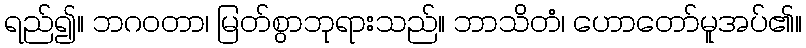
ရည်၍။ ဘဂဝတာ၊ မြတ်စွာဘုရားသည်။ ဘာသိတံ၊ ဟောတော်မူအပ်၏။